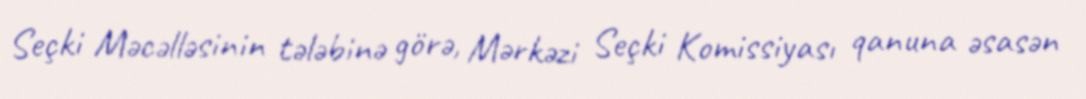
Seçki Məcəlləsinin tələbinə görə, Mərkəzi Seçki Komissiyası qanuna əsasən